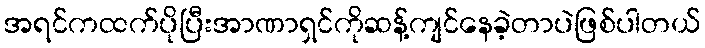
အရင်ကထက်ပိုပြီးအာဏာရှင်ကိုဆန့်ကျင်နေခဲ့တာပဲဖြစ်ပါတယ်